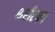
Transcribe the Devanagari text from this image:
शरीरका